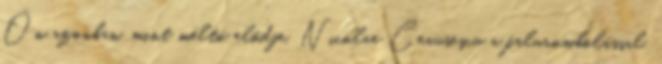
Ön azonban, mint méltó elődje, Nicolae Ceauseşcu a falurombolással,